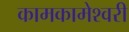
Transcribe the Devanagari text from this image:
कामकामेश्वरी